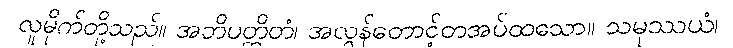
လူမိုက်တို့သည်။ အဘိပတ္ထိတံ၊ အလွန်တောင့်တအပ်ထသော။ သမုဿယံ၊